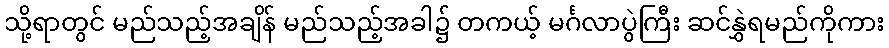
သို့ရာတွင် မည်သည့်အချိန် မည်သည့်အခါ၌ တကယ့် မင်္ဂလာပွဲကြီး ဆင်နွှဲရမည်ကိုကား